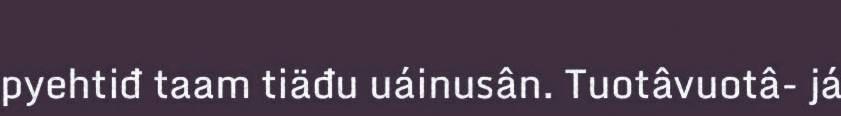
pyehtiđ taam tiäđu uáinusân. Tuotâvuotâ- já